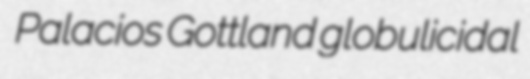
Palacios Gottland globulicidal